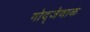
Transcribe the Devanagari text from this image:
गोद्जेवाक